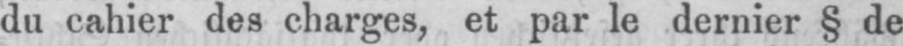
du cahier des charges, et par le dernier § de